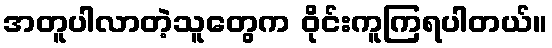
အတူပါလာတဲ့သူတွေက ဝိုင်းကူကြရပါတယ်။